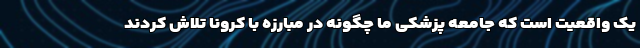
یک واقعیت است که جامعه پزشکی ما چگونه در مبارزه با کرونا تلاش کردند